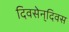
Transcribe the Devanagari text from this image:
दिवसेन्‌दिवस